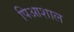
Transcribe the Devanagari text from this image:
पिआशाल